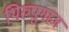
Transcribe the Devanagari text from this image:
थिरुपुगाज